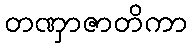
တဏှာဇာတိကာ